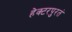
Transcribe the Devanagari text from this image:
हेक्टरपुरतं